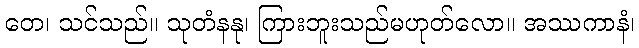
တေ၊ သင်သည်။ သုတံနနု၊ ကြားဘူးသည်မဟုတ်လော။ အဿကာနံ၊